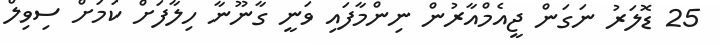
25 ޑޮލަރު ނަގަން ޖީއެމްއާރުން ނިންމާފައި ވަނީ ގާނޫނާ ހިލާފަށް ކަމަށް ސިވިލް